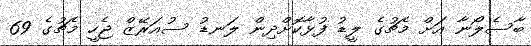
ބާސެލޯނާ އަށް މެޗުގެ ލީޑު ފުޅާކޮށްދިން ލަނޑު ސުއަރޭޒް ޖެހީ މެޗުގެ 69